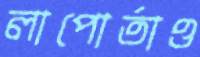
লাপোর্তাও